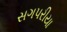
સગપરીયા